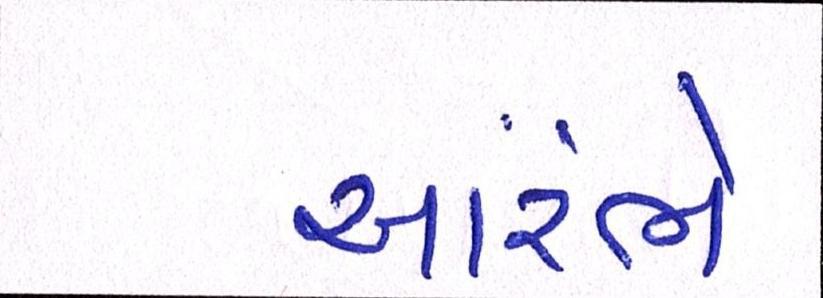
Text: આરંભે